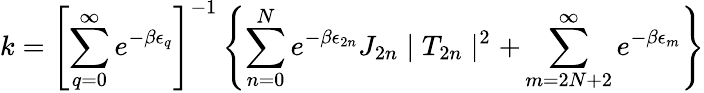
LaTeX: k=\left[\sum_{q=0}^{\infty}e^{-\beta\epsilon_{q}}\right]^{-1}\left\{ \sum_{n=0}^{N}e^{-\beta\epsilon_{2n}}J_{2n}\mid T_{2n}\mid^{2}+\sum_{m=2N+2}^{\infty}e^{-\beta\epsilon_{m}}\right\}